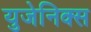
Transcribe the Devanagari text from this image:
युजेनिक्स